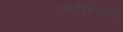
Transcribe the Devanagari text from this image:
क्रेटैशियस